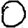
Digit: 0